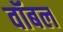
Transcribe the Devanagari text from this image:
वॉबल